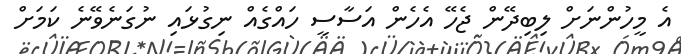
އެ މީހުންނަށް ލިބިދޭން ޖެހޭ އެހެން އަސާސީ ހައްގެއް ނިގުޅައި ނުގަނެވޭނެ ކަމަށް